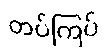
တပ်ကြပ်